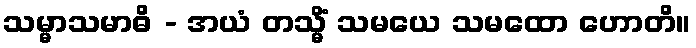
သမ္မာသမာဓိ - အယံ တသ္မိံ သမယေ သမထော ဟောတိ။